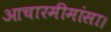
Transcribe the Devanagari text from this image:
आचारमीमांसा।